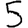
Digit: 5